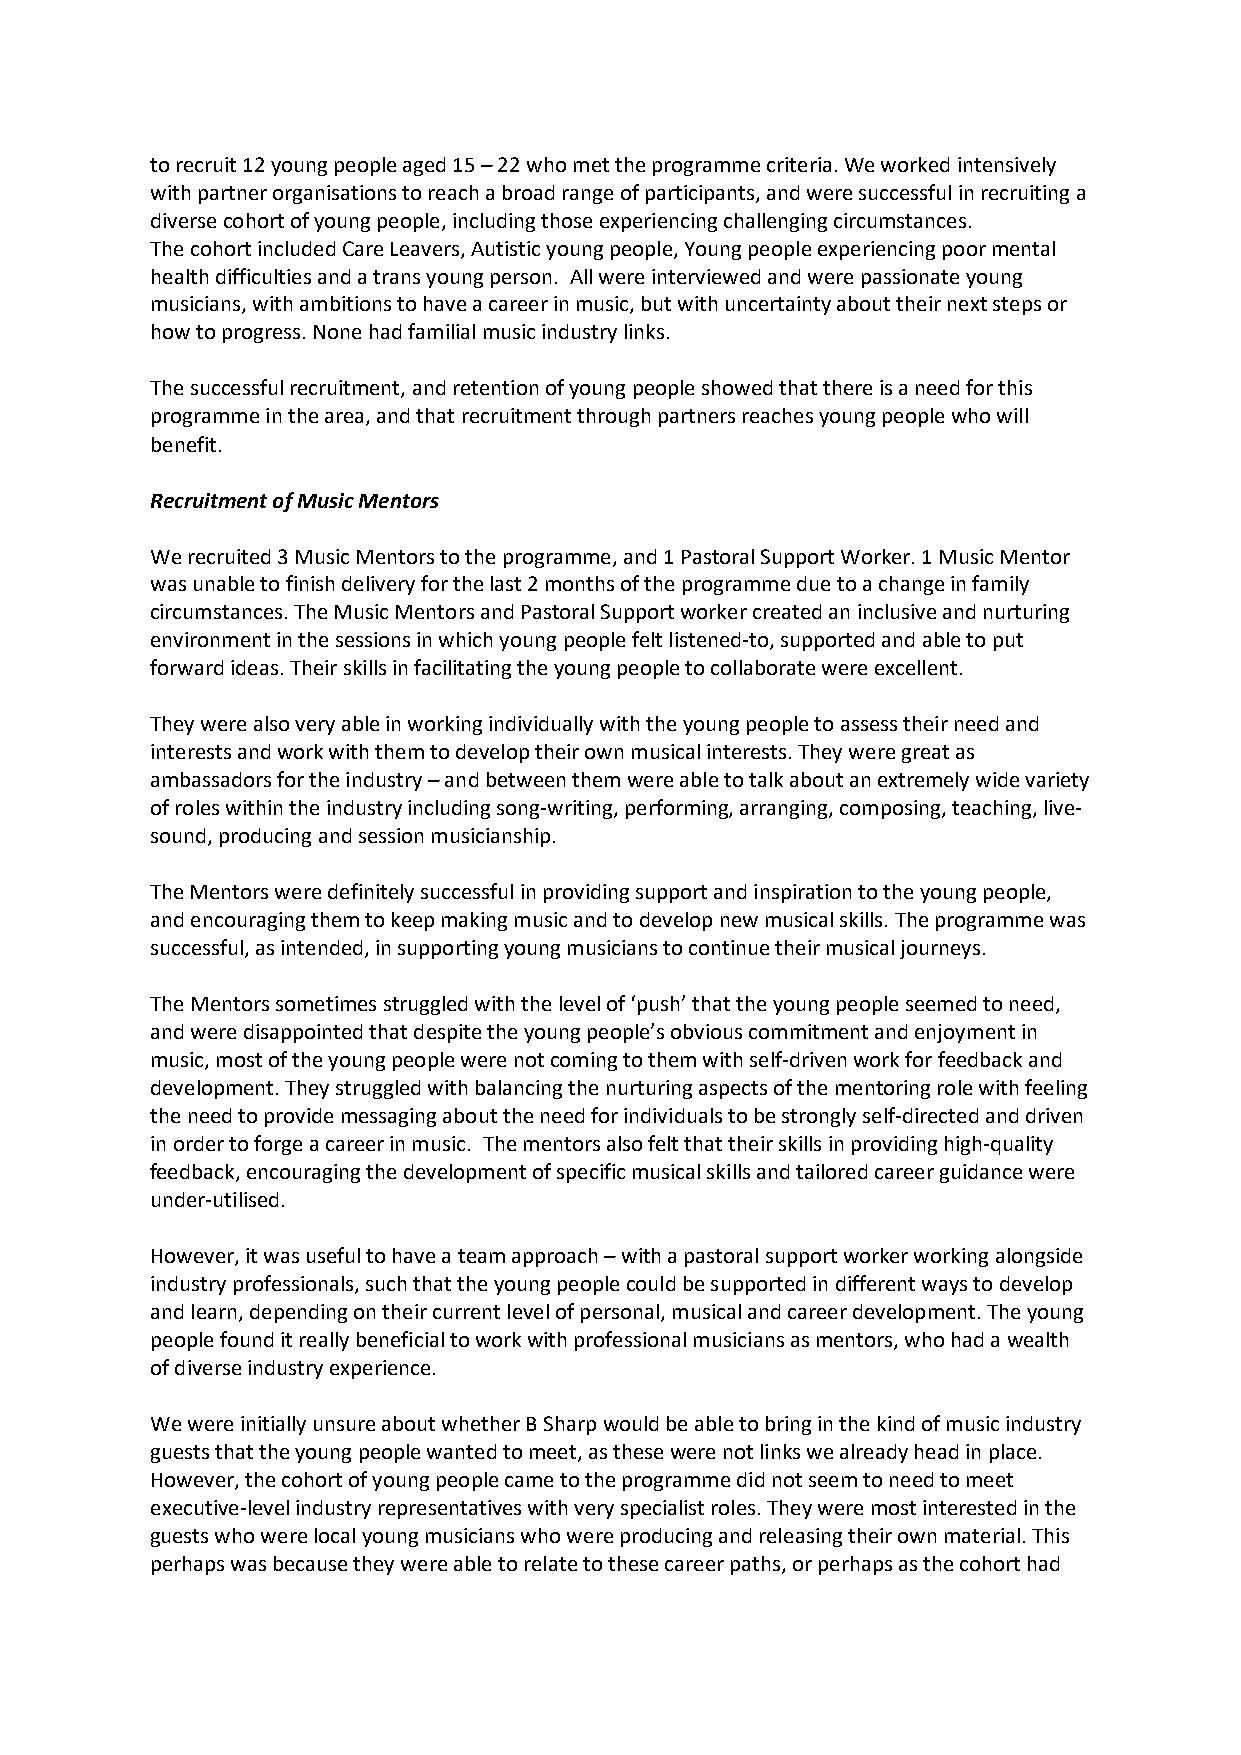
to recruit 12 young people aged 15 – 22 who met the programme criteria. We worked intensively
 with partner organisations to reach a broad range of participants, and were successful in recruiting a
 diverse cohort of young people, including those experiencing challenging circumstances.
 The cohort included Care Leavers, Autistic young people, Young people experiencing poor mental
 health difficulties and a trans young person. All were interviewed and were passionate young
 musicians, with ambitions to have a career in music, but with uncertainty about their next steps or
 how to progress. None had familial music industry links.
 The successful recruitment, and retention of young people showed that there is a need for this
 programme in the area, and that recruitment through partners reaches young people who will
 benefit.
 Recruitment of Music Mentors
 We recruited 3 Music Mentors to the programme, and 1 Pastoral Support Worker. 1 Music Mentor
 was unable to finish delivery for the last 2 months of the programme due to a change in family
 circumstances. The Music Mentors and Pastoral Support worker created an inclusive and nurturing
 environment in the sessions in which young people felt listened-to, supported and able to put
 forward ideas. Their skills in facilitating the young people to collaborate were excellent.
 They were also very able in working individually with the young people to assess their need and
 interests and work with them to develop their own musical interests. They were great as
 ambassadors for the industry – and between them were able to talk about an extremely wide variety
 of roles within the industry including song-writing, performing, arranging, composing, teaching, live-
 sound, producing and session musicianship.
 The Mentors were definitely successful in providing support and inspiration to the young people,
 and encouraging them to keep making music and to develop new musical skills. The programme was
 successful, as intended, in supporting young musicians to continue their musical journeys.
 The Mentors sometimes struggled with the level of ‘push’ that the young people seemed to need,
 and were disappointed that despite the young people’s obvious commitment and enjoyment in
 music, most of the young people were not coming to them with self-driven work for feedback and
 development. They struggled with balancing the nurturing aspects of the mentoring role with feeling
 the need to provide messaging about the need for individuals to be strongly self-directed and driven
 in order to forge a career in music. The mentors also felt that their skills in providing high-quality
 feedback, encouraging the development of specific musical skills and tailored career guidance were
 under-utilised.
 However, it was useful to have a team approach – with a pastoral support worker working alongside
 industry professionals, such that the young people could be supported in different ways to develop
 and learn, depending on their current level of personal, musical and career development. The young
 people found it really beneficial to work with professional musicians as mentors, who had a wealth
 of diverse industry experience.
 We were initially unsure about whether B Sharp would be able to bring in the kind of music industry
 guests that the young people wanted to meet, as these were not links we already head in place.
 However, the cohort of young people came to the programme did not seem to need to meet
 executive-level industry representatives with very specialist roles. They were most interested in the
 guests who were local young musicians who were producing and releasing their own material. This
 perhaps was because they were able to relate to these career paths, or perhaps as the cohort had